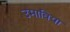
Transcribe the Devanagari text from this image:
उमाविया